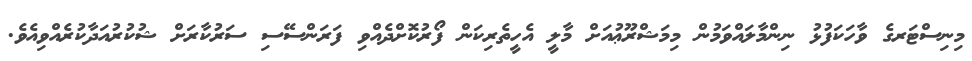
މިނިސްޓަރގެ ވާހަކަފުޅު ނިންމާލައްވަމުން މިމަޝްރޫޢުއަށް މާލީ އެހީތެރިކަން ފޯރުކޮށްދެއްވި ފަރަންސޭސި ސަރުކާރަށް ޝުކުރުއަދާކުރެއްވިއެވެ.